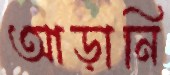
আড়ানি